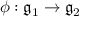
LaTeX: \phi : { \mathfrak { g } } _ { 1 } \to { \mathfrak { g } } _ { 2 }